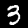
Label: 3